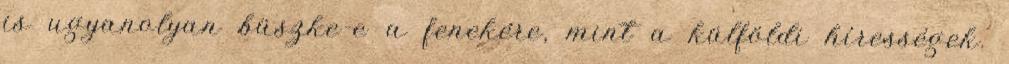
is ugyanolyan büszke-e a fenekére, mint a külföldi hírességek.